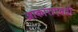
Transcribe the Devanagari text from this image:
आकाराएवढी